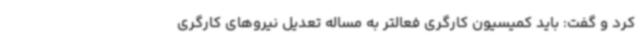
کرد و گفت: باید کمیسیون کارگری فعالتر به مساله تعدیل نیروهای کارگری